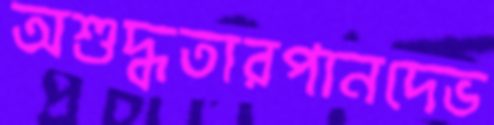
অশুদ্ধতারপানদেভ